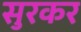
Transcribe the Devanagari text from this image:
सुरकर